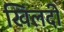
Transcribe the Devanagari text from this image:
खिलदी